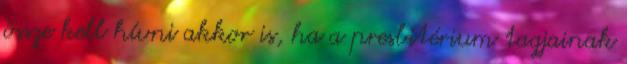
össze kell hívni akkor is, ha a presbitérium tagjainak